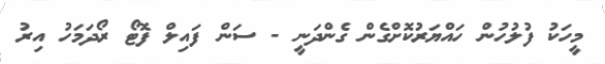
މީހަކު ފުލުހުން ހައްޔަރުކޮށްގެން ގެންދަނީ - ސަން ފައިލް ފޮޓޯ ރޯދަމަހު އިރު